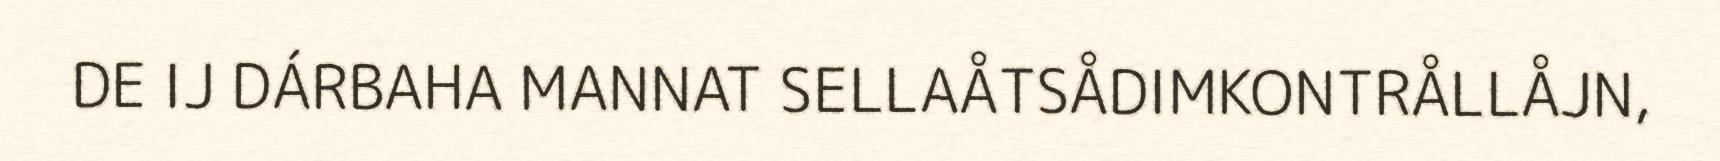
DE IJ DÁRBAHA MANNAT SELLAÅTSÅDIMKONTRÅLLÅJN,